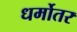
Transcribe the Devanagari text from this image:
धर्मोतर